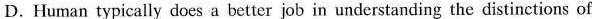
D.Human typically does a better job in understanding the distinctions of